Causation and prevention of malarial fevers: a statement of the results of researches drawn up for the use of assistant surgeons, hospital assistants and students
Disease focus: Malaria
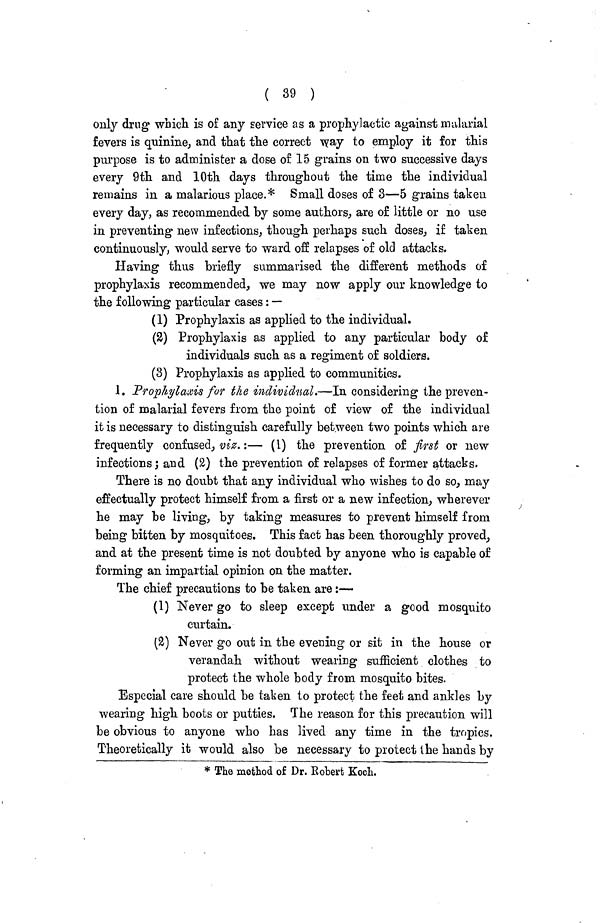
( 39 )
only drug which is of any service as a prophylactic against malarial
fevers is quinine, and that the correct way to employ it for this
purpose is to administer a dose of 15 grains on two successive days
every 9th and 10th days throughout the time the individual
remains in a malarious place.* Small doses of 3—5 grains taken
every day, as recommended by some authors, are of little or no use
in preventing new infections, though perhaps such doses, if taken
continuously, would serve to ward off relapses of old attacks.
Having thus briefly summarised the different methods of
prophylaxis recommended, we may now apply our knowledge to
the following particular cases: —
(1) Prophylaxis as applied to the individual.
(2) Prophylaxis as applied to any particular body of
individuals such as a regiment of soldiers.
(3) Prophylaxis as applied to communities.
1. Prophylaxis for the individual.—In considering the preven-
tion of malarial fevers from the point of view of the individual
it is necessary to distinguish carefully between two points which are
frequently confused, viz.:— (1) the prevention of first or new
infections; and (2) the prevention of relapses of former attacks.
There is no doubt that any individual who wishes to do so, may
effectually protect himself from a first or a new infection, wherever
he may be living, by taking measures to prevent himself from
being bitten by mosquitoes. This fact has been thoroughly proved,
and at the present time is not doubted by anyone who is capable of
forming an impartial opinion on the matter.
The chief precautions to be taken are:—
(1) Never go to sleep except under a good mosquito
curtain.
(2) Never go out in the evening or sit in the house or
verandah without wearing sufficient clothes to
protect the whole body from mosquito bites.
Especial care should be taken to protect the feet and ankles by
wearing high boots or putties. The reason for this precaution will
be obvious to anyone who has lived any time in the tropics.
Theoretically it would also be necessary to protect the hands by
* The method of Dr. Robert Koch.